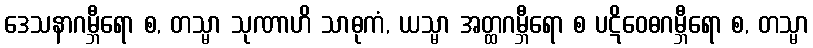
ဒေသနာဂမ္ဘီရော စ, တသ္မာ သုဏာဟိ သာဓုကံ, ယသ္မာ အတ္ထဂမ္ဘီရော စ ပဋိဝေဓဂမ္ဘီရော စ, တသ္မာ